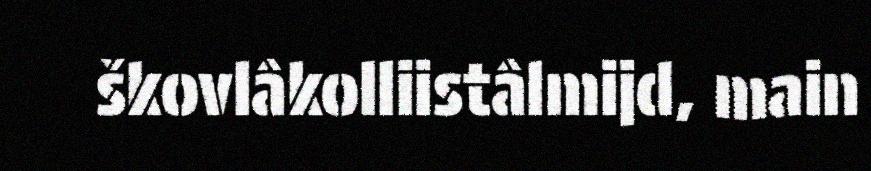
škovlâkolliistâlmijd, main